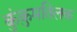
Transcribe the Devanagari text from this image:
कुंकुमतिलक